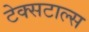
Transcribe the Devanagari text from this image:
टेक्सटाल्स